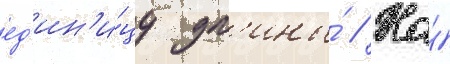
ед'ин'и́цу дл'ины́ // На́